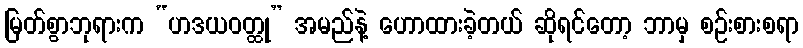
မြတ်စွာဘုရားက “ဟဒယဝတ္ထု” အမည်နဲ့ ဟောထားခဲ့တယ် ဆိုရင်တော့ ဘာမှ စဉ်းစားစရာ